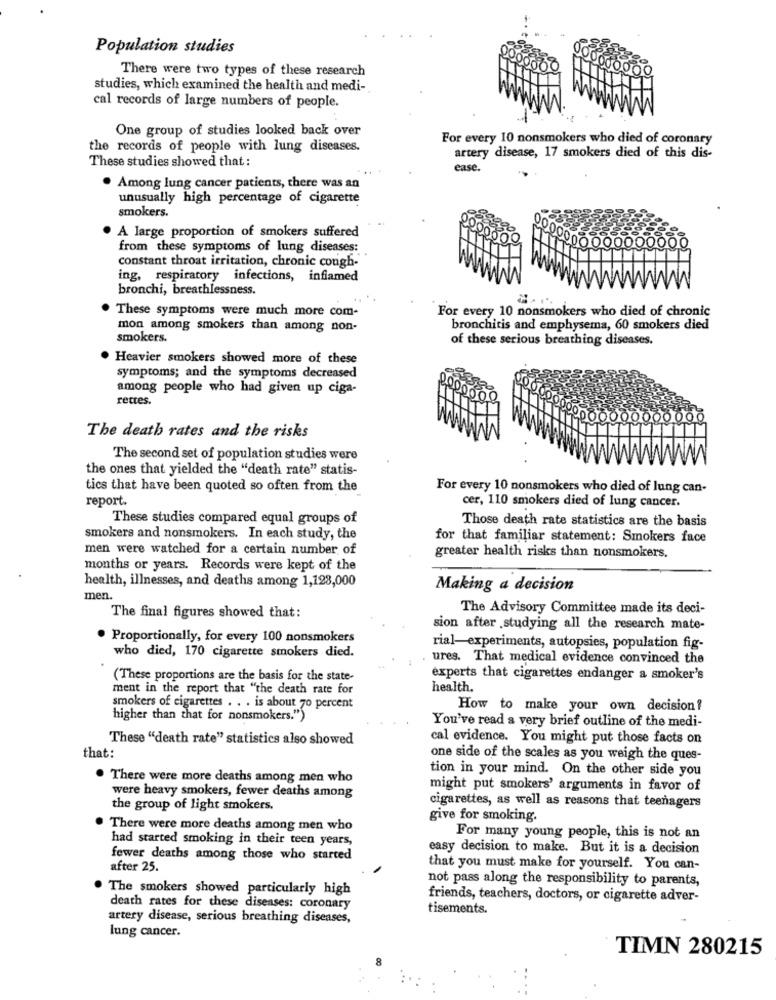
Population studies
There were two types of these research
studies, which examined the health and medi-
cal records of large numbers of people.
One group of studies looked back over
For every 10 nonsmokers who died of coronary
the records of people with lung diseases.
These studies showed that :
artery disease, 17 smokers died of this dis-
ease.
. Among lung cancer patients, there was an
unusually high percentage of cigarette
smokers.
A large proportion of smokers suffered
from these symptoms of lung diseases:
constant throat irritation, chronic cough-
ing, respiratory infections, inflamed
bronchi, breathlessness.
These symptoms were much more com-
For every 10 nonsmokers who died of chronic
mon among smokers than among non-
bronchitis and emphysema, 60 smokers died
smokers.
of these serious breathing diseases.
Heavier smokers showed more of these
symptoms; and the symptoms decreased
among people who had given up ciga-
rettes.
0000
The death rates and the risks
The second set of population studies were
the ones that yielded the "death rate" statis-
tics that have been quoted so often from the
For every 10 nonsmokers who died of lung can-
report.
cer, 110 smokers died of lung cancer.
These studies compared equal groups of
Those death rate statistics are the basis
smokers and nonsmokers. In each study, the
for that familiar statement: Smokers face
men were watched for a certain number of
greater health risks than nonsmokers.
months or years. Records were kept of the
health, illnesses, and deaths among 1,128,000
Making a decision
men.
The Advisory Committee made its deci-
The final figures showed that:
sion after .studying all the research mate-
. Proportionally, for every 100 nonsmokers
who died, 170 cigarette smokers died.
rial-experiments, autopsies, population fig-
ures. That medical evidence convinced the
(These proportions are the basis for the state-
experts that cigarettes endanger a smoker's
ment in the report that "the death rate for
health.
smokers of cigarettes . . . is about 70 percent
How to make your own decision?
higher than that for nonsmokers.")
You've read a very brief outline of the medi-
These "death rate" statistics also showed
cal evidence. You might put those facts on
that:
one side of the scales as you weigh the ques-
tion in your mind. On the other side you
. There were more deaths among men who
might put smokers' arguments in favor of
were heavy smokers, fewer deaths among
the group of light smokers.
cigarettes, as well as reasons that teenagers
give for smoking.
. There were more deaths among men who
had started smoking in their teen years,
For many young people, this is not an
easy decision to make. But it is a decision
fewer deaths among those who started
after 25.
that you must make for yourself. You can-
not pass along the responsibility to parents,
The smokers showed particularly high
friends, teachers, doctors, or cigarette adver-
death rates for these diseases: coronary
tisements.
artery disease, serious breathing diseases,
lung cancer.
TIMN 280215